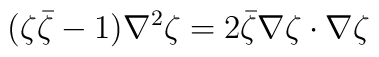
(\zeta {\bar \zeta} -1) \nabla ^2 \zeta = 2 {\bar \zeta} \nabla \zeta\cdot \nabla \zeta